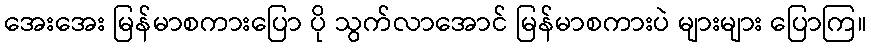
အေးအေး မြန်မာစကားပြော ပို သွက်လာအောင် မြန်မာစကားပဲ များများ ပြောကြ။